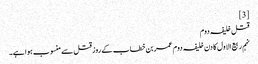
[3]
قتل خلیفہ دوم
نہم ربیع‌ الاول کا دن خلیفہ دوم عمر بن خطاب کے روز قتل سے منسوب ہوا ہے۔